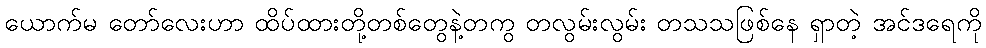
ယောက်မ တော်လေးဟာ ထိပ်ထားတို့တစ်တွေနဲ့တကွ တလွမ်းလွမ်း တသသဖြစ်နေ ရှာတဲ့ အင်ဒရေကို